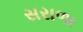
સરાળા